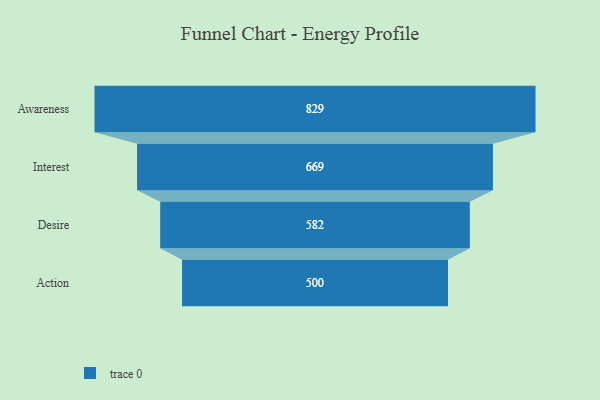
{"axis": {"x": "Stage", "y": "Value"}, "legend": [""], "data": [{"x": "Awareness", "y": 829.0, "type": ""}, {"x": "Interest", "y": 669.0, "type": ""}, {"x": "Desire", "y": 582.0, "type": ""}, {"x": "Action", "y": 500, "type": ""}]}